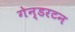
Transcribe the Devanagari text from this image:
गेन्डरटन